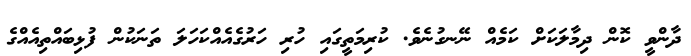
ދާންވީ ކޮން ދިމާލަކަށް ކަމެއް ނޭނގުނެވެ. ކުރިމަތީގައި ހުރި ހަރުގެއެއްކަހަލަ ތަނަކުން ފުޅިބައްތިއެއްގެ